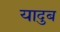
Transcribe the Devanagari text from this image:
यादुब